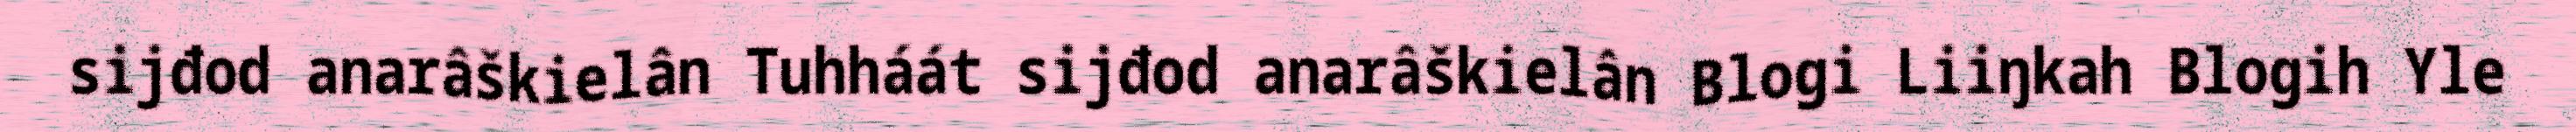
sijđod anarâškielân Tuhháát sijđod anarâškielân Blogi Liiŋkah Blogih Yle